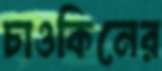
চাওকিনের